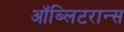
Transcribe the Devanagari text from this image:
ऑब्लिटरान्स